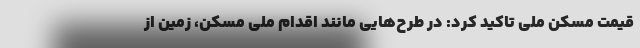
قیمت مسکن ملی تاکید کرد: در طرح‌هایی مانند اقدام ملی مسکن، زمین از